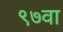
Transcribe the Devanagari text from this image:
९७वा